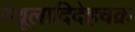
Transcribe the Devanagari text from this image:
स्थूलादिदेहचक्र